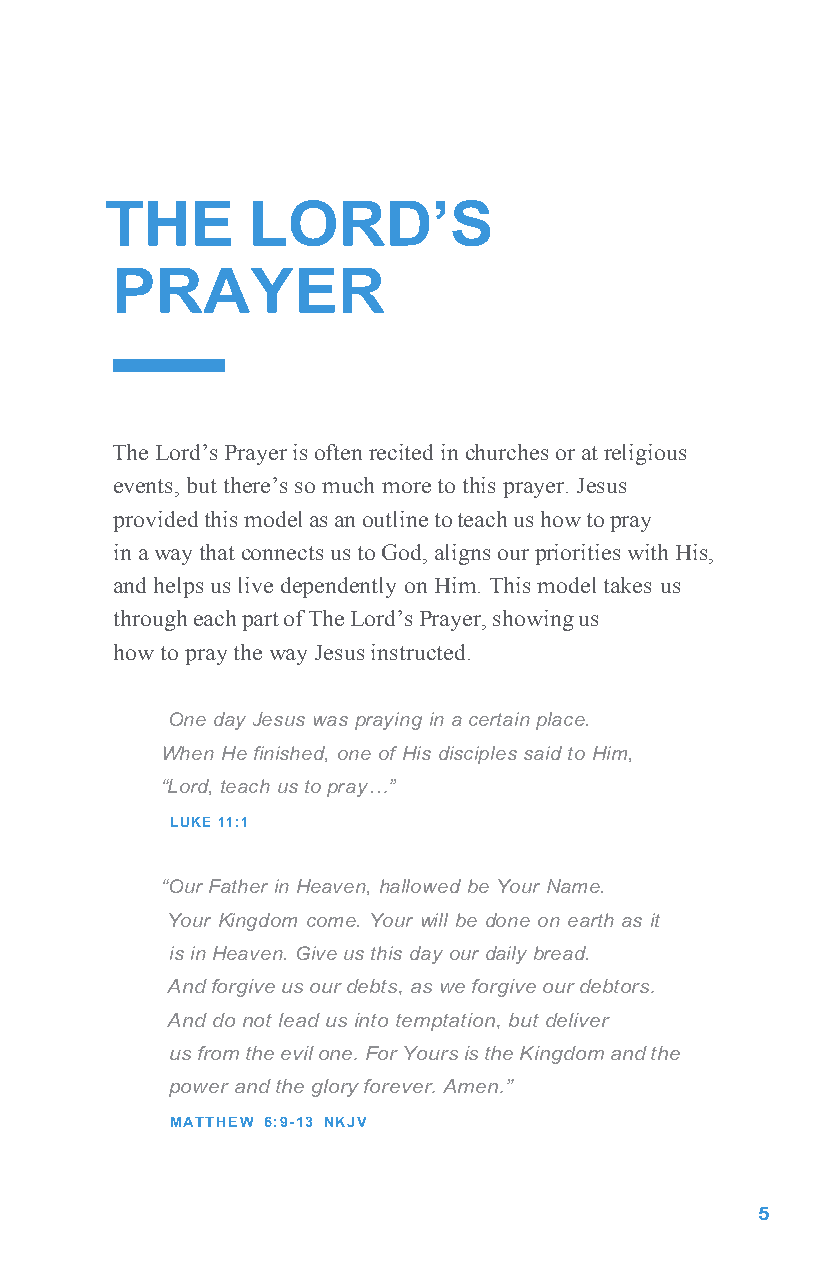
THE      LORD’S
 PRAYER
 The Lord’s Prayer is often recited in churches or at religious
 events, but there’s so much more to this prayer. Jesus
 provided this model as an outline to teach us how to pray
 in a way that connects us to God, aligns our priorities with His,
 and helps us live dependently on Him. This model takes us
 through each part of The Lord’s Prayer, showing us
 how to pray the way Jesus instructed.
 One day Jesus was praying in a certain place.
 When He finished, one of His disciples said to Him,
 “Lord, teach us to pray…”
 LUKE 11:1
 “Our Father in Heaven, hallowed be Your Name.
 Your Kingdom come. Your will be done on earth as it
 is in Heaven. Give us this day our daily bread.
 And forgive us our debts, as we forgive our debtors.
 And do not lead us into temptation, but deliver
 us from the evil one. For Yours is the Kingdom and the
 power and the glory forever. Amen.”
 MATTHEW 6:9-13 NKJV
 5